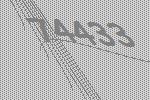
74433